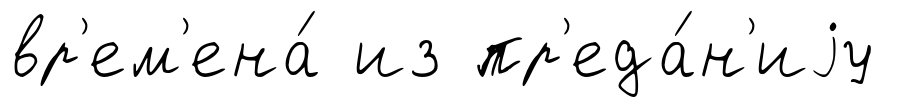
вр'ем'ена́ из пр'еда́н'иjу